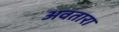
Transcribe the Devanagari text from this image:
अवतारा